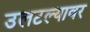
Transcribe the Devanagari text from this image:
उलटल्यावर